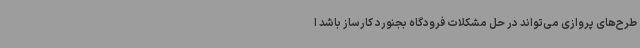
طرح‌های پروازی می‌تواند در حل مشکلات فرودگاه بجنورد کارساز باشد ا